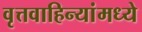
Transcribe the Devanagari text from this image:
वृत्तवाहिन्यांमध्ये